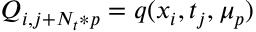
Q _ { i , j + N _ { t } * p } = q ( x _ { i } , t _ { j } , \mu _ { p } )